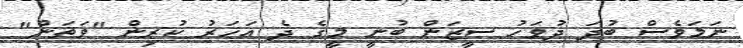
ނަމަވެސް ބުދަ ދުވަހު ސީޒަން ބުނީ މީގެ ދެ އަހަރު ކުރިން "ވަތަން"